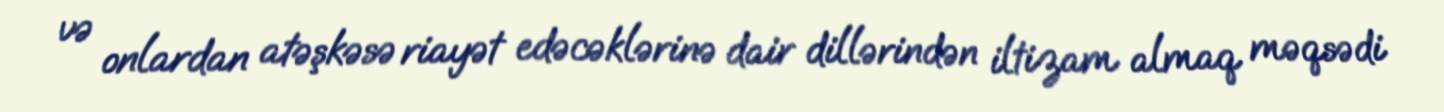
və onlardan atəşkəsə riayət edəcəklərinə dair dillərindən iltizam almaq məqsədi